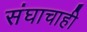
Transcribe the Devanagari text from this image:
संघाचाही